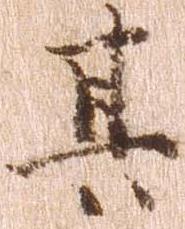
其